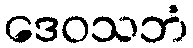
ဒေဝသဘံ